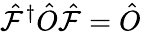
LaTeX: \hat{\mathcal{F}}^{\dagger}\hat{O}\hat{\mathcal{F}}=\hat{O}